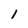
Character: I